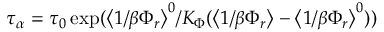
\tau _ { \alpha } = \tau _ { 0 } \exp ( \big < 1 / \beta \Phi _ { r } \big > ^ { 0 } / K _ { \Phi } ( \big < 1 / \beta \Phi _ { r } \big > - \big < 1 / \beta \Phi _ { r } \big > ^ { 0 } ) )